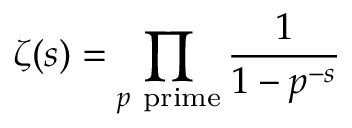
\zeta ( s ) = \prod _ { p { \mathrm { ~ p r i m e } } } { \frac { 1 } { 1 - p ^ { - s } } }